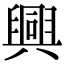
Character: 興